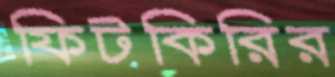
ফিটকিরির